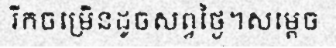
រីកចម្រើនដូចសព្វថ្ងៃ។សម្តេច